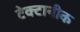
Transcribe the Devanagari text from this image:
टेक्टानीक